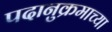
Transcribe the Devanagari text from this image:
पदानुक्रमाच्या